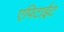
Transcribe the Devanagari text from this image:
एपिटाईट